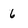
Character: 6